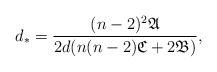
\begin{align*}d_*=\frac{(n-2)^2\mathfrak{A}}{2d(n(n-2)\mathfrak{C}+2\mathfrak{B})},\end{align*}